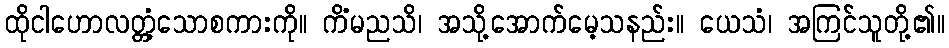
ထိုငါဟောလတ္တံ့သောစကားကို။ ကိံမညသိ၊ အသို့အောက်မေ့သနည်း။ ယေသံ၊ အကြင်သူတို့၏။